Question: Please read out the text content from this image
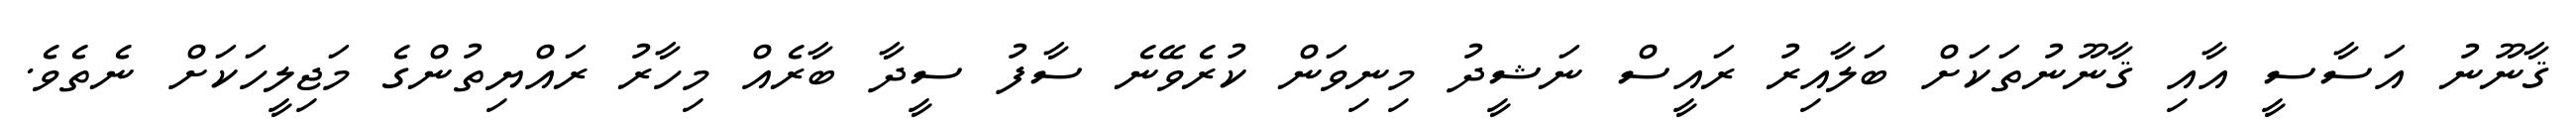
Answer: ޤާނޫނު އަސާސީ އާއި ޤާނޫނުތަކަށް ބަލާއިރު ރައީސް ނަޝީދު މިނިވަން ކުރެވޭނެ ސާފު ސީދާ ބާރެއް މިހާރު ރައްޔިތުންގެ މަޖިލީހަކަށް ނެތެވެ.